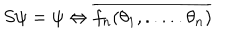
S \psi = \psi \Leftrightarrow \overline { { { f _ { n } ( \theta _ { 1 } , . . . . . \theta _ { n } ) } } }